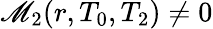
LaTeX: \mathscr{M}_{2}(r,T_{0},T_{2})\neq 0